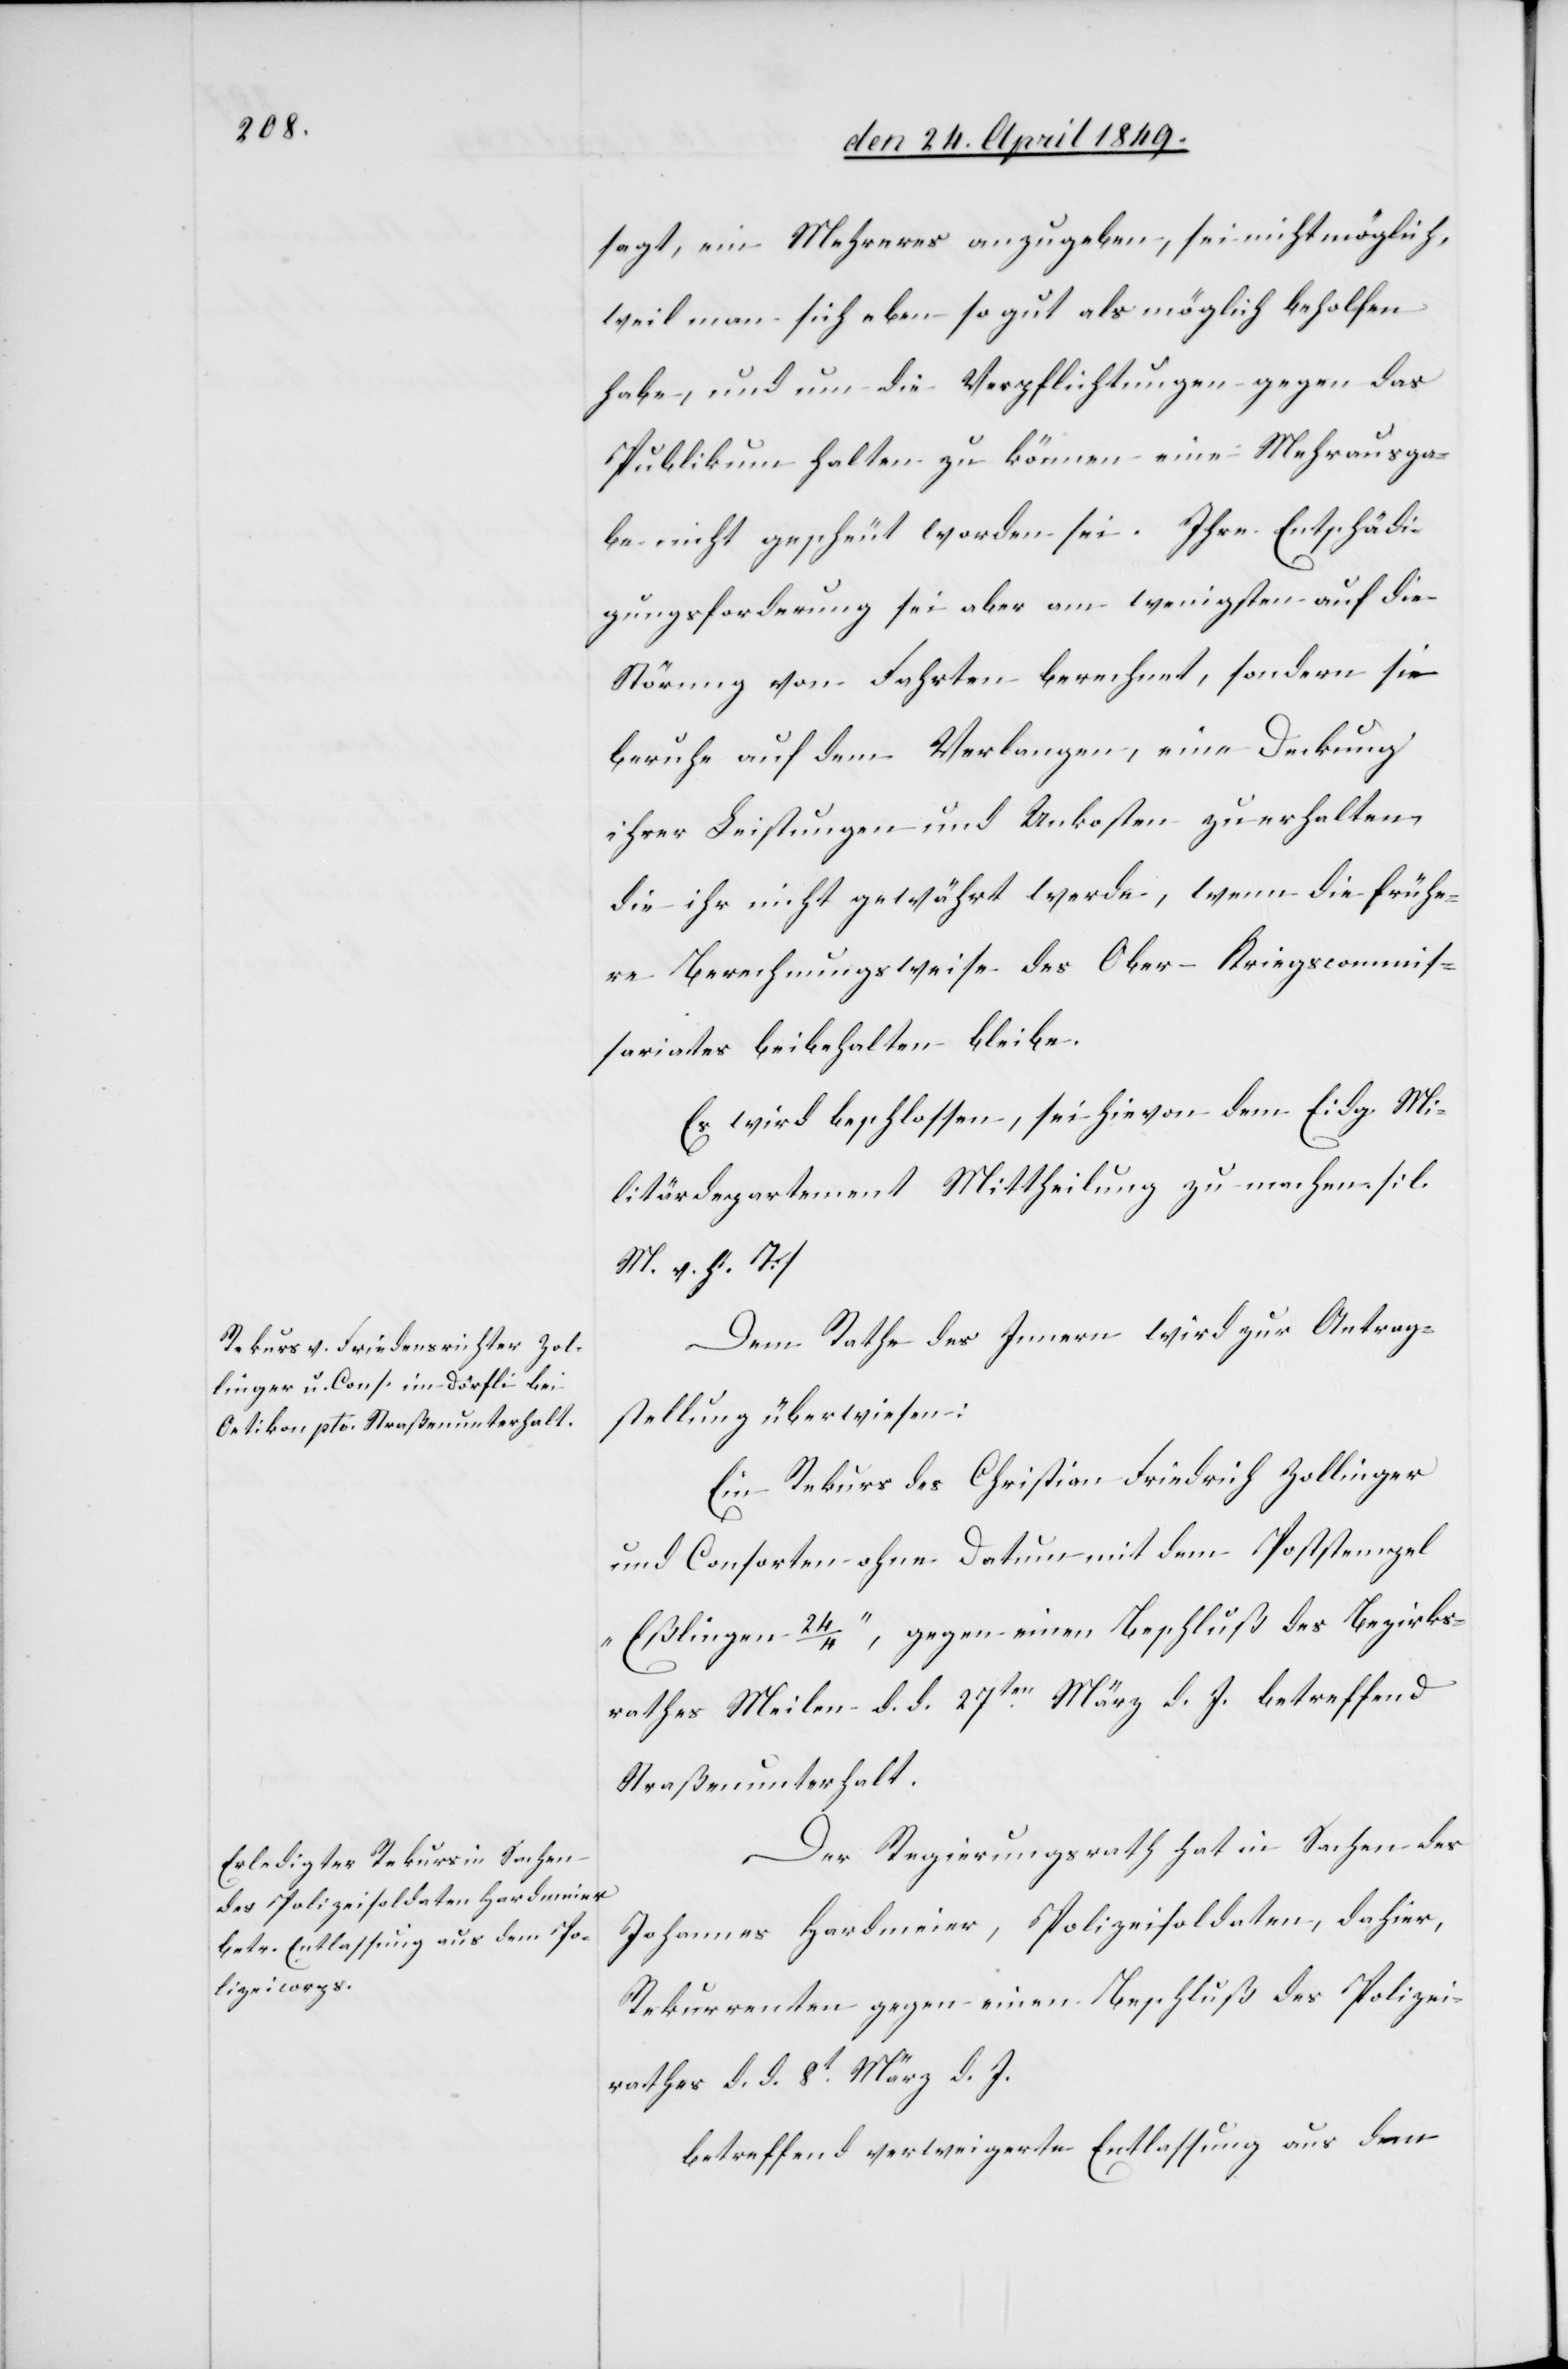
sagt, ein Mehreres anzugeben, sei nicht möglich,
weil man sich eben so gut als möglich beholfen
habe, und um die Verpflichtungen gegen das
Publikum halten zu können eine Mehrausga¬
be nicht gescheut worden sei. Ihre Entschädi¬
gungsforderung sei aber am wenigsten auf die
Störung von Fahrten berechnet, sondern sie
beruhe auf dem Verlangen, eine Deckung
ihrer Leistungen und Unkosten zu erhalten,
die ihr nicht gewährt werde, wenn die frühe¬
re Berechnungsweise des Ober-Kriegscommis¬
sariates beibehalten bleibe.
Es wird beschlossen, sei hievon dem Eidg. Mi¬
litärdepartement Mittheilung zu machen. [l.
M. h. T]
Dem Rathe des Innern wird zur Antrag¬
stellung überwiesen:
Ein Rekurs des Christian Friedrich Zollinger
und Consorten ohne Datum mit dem Poststempel
„Eßlingen 24/4“, gegen einen Beschluß des Bezirks¬
rathes Meilen d. d. 27ten März d. J. betreffend
Straßenunterhalt.
Der Regierungsrath hat in Sachen des
Johannes Hardmeier, Polizeisoldaten, dahier,
Rekurrenten gegen einen Beschluß des Polizei¬
rathes d. d. 8t März d. J.
betreffend verweigerte Entlassung aus dem